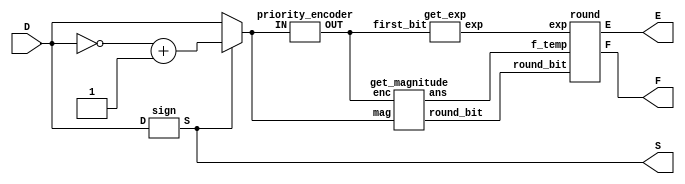
`timescale 1ns / 1ps
//////////////////////////////////////////////////////////////////////////////////
// Company: 
// Engineer: 
// 
// Design Name: 
// Module Name:    int_to_float.v 
// Project Name: 
// Target Devices: 
// Tool versions: 
// Description: 
//
// Dependencies: 
//
// Revision: 
// Revision 0.01 - File Created
// Additional Comments: 
//
//////////////////////////////////////////////////////////////////////////////////
module int_to_float(
    input [11:0] D,
    output S,
    output [2:0] E,
    output [3:0] F
    );
	 
	 wire [11:0] mag;
	 //wire first_bit;
	 wire [3:0] first_bit;
	 wire [3:0] f_temp;
	 wire round_bit;
	 wire [2:0] exp;
	
	 sign sign1(.D(D), .S(S));
	 
	 assign mag[11:0] = (S) ? (~D + 1) : D;
	 
	 priority_encoder p1(.IN(mag), .OUT(first_bit));
	 
	 get_magnitude gm1(.enc(first_bit), .mag(mag), .ans(f_temp), .round_bit(round_bit));
	 get_exp e1(.first_bit(first_bit), .exp(exp));
	 
	 round r1(.f_temp(f_temp), .exp(exp), .round_bit(round_bit), .F(F), .E(E));
	 
	 
	
endmodule
	
//get sign 
module sign(input [11:0] D, output S);
	assign S = D[11];
endmodule

//get magnitude value
module get_magnitude(input [3:0] enc, input [11:0] mag, output reg [3:0] ans, output reg round_bit);
	always @ (enc, mag) begin
		if (enc <= 3) begin
			ans[3:0] <= mag[3:0];
			round_bit <= 0;
		end
		else begin
			ans[3:0] <= mag[enc -: 4];
			round_bit <= mag[enc-4];
		end
	end
endmodule

//get exponent value
module get_exp(input [3:0] first_bit, output reg [2:0] exp);
	always @ (first_bit) begin
	if (first_bit <= 3)
		exp[2:0] <= 0;
	else
		exp[2:0] <= first_bit[3:0] - 3;
	end

endmodule

module round(input [3:0] f_temp, input [2:0] exp, input round_bit, output [3:0] F, output [2:0] E);
assign F = round_bit ? 4'b1000 : f_temp;
assign E = ((exp >= 7) && round_bit) ? 7 : exp;
endmodule
	
//get position of leading 1
module priority_encoder(
	input wire [11:0] IN,
	output reg [3:0] OUT
	);
	
	always @* begin
		if (IN[11]) OUT <= 11;
			
		else if (IN[10]) OUT <= 10;
			
		else if (IN[9]) OUT <= 9;
			
		else if (IN[8]) OUT <= 8;
			
		else if (IN[7]) OUT <= 7;
			
		else if (IN[6]) OUT <= 6;
			
		else if (IN[5]) OUT <= 5;
			
		else if (IN[4]) OUT <= 4;
			
		else if (IN[3]) OUT <= 3;
			
		else if (IN[2]) OUT <= 2;

		else if (IN[1]) OUT <= 1;
			
		else if (IN[0]) OUT <= 0;
		
		else OUT <= 0;
  end
  	
endmodule